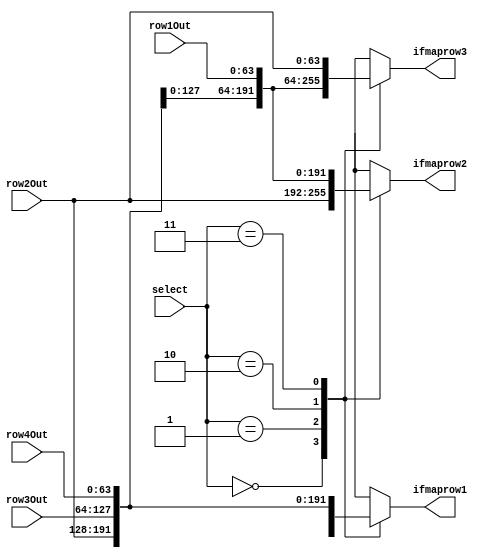
module rowSelect(select, row1Out, row2Out, row3Out, row4Out, ifmaprow1, ifmaprow2, ifmaprow3);

input [1:0] select;
input [63:0] row1Out, row2Out, row3Out, row4Out;
output reg [63:0] ifmaprow1, ifmaprow2, ifmaprow3;


always@(*)begin
	case(select)   // To select which 3 rows to output from the 4 rows
		0:begin
			ifmaprow1 = row1Out;
			ifmaprow2 = row2Out;
			ifmaprow3 = row3Out;
		end
		1:begin
			ifmaprow1 = row2Out;
			ifmaprow2 = row3Out;
			ifmaprow3 = row4Out;
		end
		2:begin
			ifmaprow1 = row3Out;
			ifmaprow2 = row4Out;
			ifmaprow3 = row1Out;
		end
		3:begin
			ifmaprow1 = row4Out;
			ifmaprow2 = row1Out;
			ifmaprow3 = row2Out;
		end
	endcase
end

endmodule